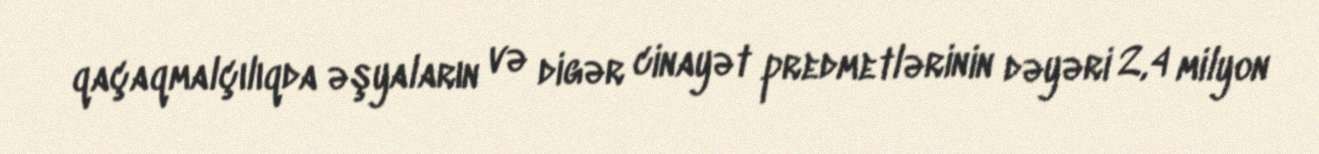
qaçaqmalçılıqda əşyaların və digər cinayət predmetlərinin dəyəri 2,4 milyon